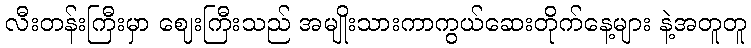
လီးတန်းကြီးမှာ ဈေးကြီးသည် အမျိုးသားကာကွယ်ဆေးတိုက်နေ့များ နဲ့အတူတူ